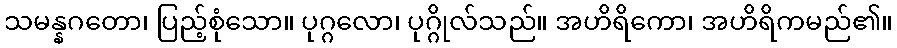
သမန္နဂတော၊ ပြည့်စုံသော။ ပုဂ္ဂလော၊ ပုဂ္ဂိုလ်သည်။ အဟိရိကော၊ အဟိရိကမည်၏။